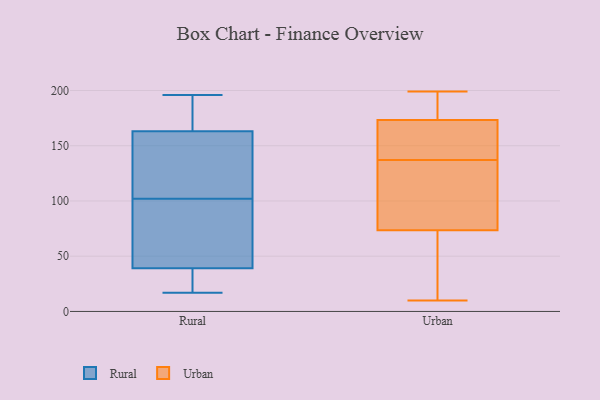
{"axis": {"x": "Revenue (USD Million)", "y": "Value"}, "legend": ["Rural", "Urban"], "data": [{"x": "", "y": 35, "type": "Rural"}, {"x": "", "y": 163, "type": "Rural"}, {"x": "", "y": 119, "type": "Rural"}, {"x": "", "y": 196, "type": "Rural"}, {"x": "", "y": 74, "type": "Rural"}, {"x": "", "y": 193, "type": "Rural"}, {"x": "", "y": 125, "type": "Rural"}, {"x": "", "y": 54, "type": "Rural"}, {"x": "", "y": 20, "type": "Rural"}, {"x": "", "y": 161, "type": "Rural"}, {"x": "", "y": 85, "type": "Rural"}, {"x": "", "y": 39, "type": "Rural"}, {"x": "", "y": 163, "type": "Rural"}, {"x": "", "y": 39, "type": "Rural"}, {"x": "", "y": 82, "type": "Rural"}, {"x": "", "y": 192, "type": "Rural"}, {"x": "", "y": 124, "type": "Rural"}, {"x": "", "y": 196, "type": "Rural"}, {"x": "", "y": 17, "type": "Rural"}, {"x": "", "y": 39, "type": "Rural"}, {"x": "", "y": 56, "type": "Urban"}, {"x": "", "y": 132, "type": "Urban"}, {"x": "", "y": 168, "type": "Urban"}, {"x": "", "y": 10, "type": "Urban"}, {"x": "", "y": 137, "type": "Urban"}, {"x": "", "y": 126, "type": "Urban"}, {"x": "", "y": 23, "type": "Urban"}, {"x": "", "y": 187, "type": "Urban"}, {"x": "", "y": 175, "type": "Urban"}, {"x": "", "y": 147, "type": "Urban"}, {"x": "", "y": 199, "type": "Urban"}]}